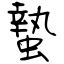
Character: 蟄